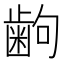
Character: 𫠚